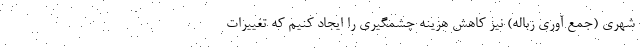
شهری (جمع آوری زباله) نیز کاهش هزینه چشمگیری را ایجاد کنیم که تغییرات